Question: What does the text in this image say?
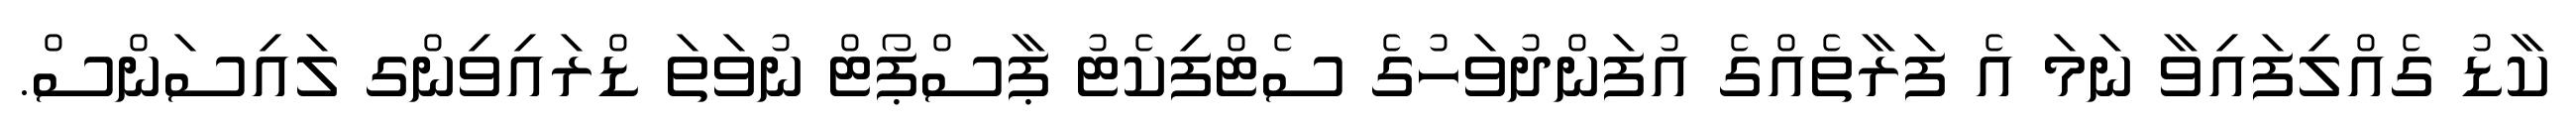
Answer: ކާޑު ގެއްލިފައިވާ ނަމަ އެ ފަރާތެއްގެ އުފަންދުވަހުގެ ސެޓްފިކެޓު ޕާސްޕޯޓް ނުވަތަ ޑްރައިވިންގ ލައިސަންސް.